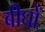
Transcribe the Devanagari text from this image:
बीघों